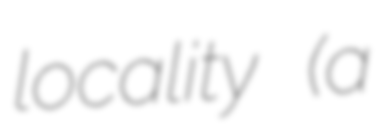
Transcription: locality (a